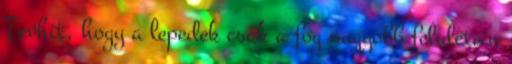
Tevhit, hogy a lepedek csak a fog nagyobb feluletein